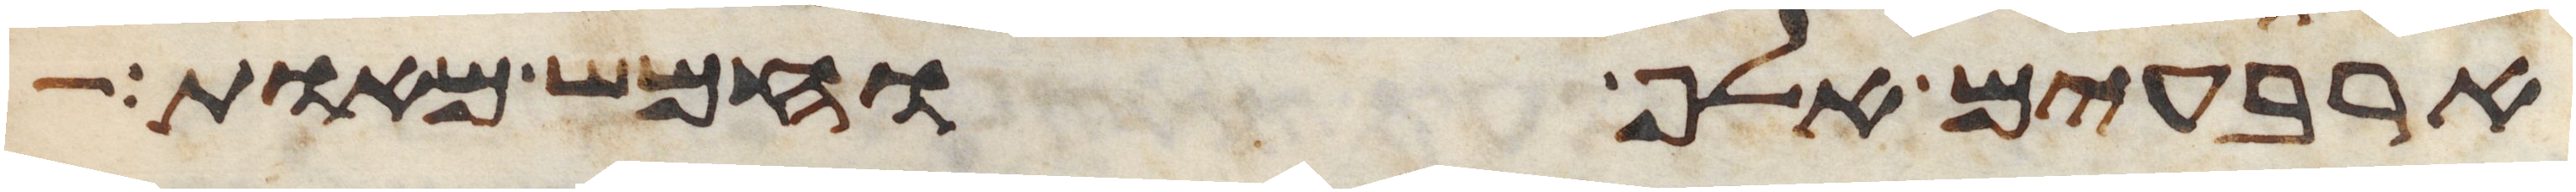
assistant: ארבעים אלף וחמש מאות